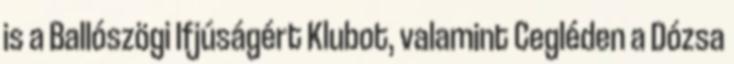
is a Ballószögi Ifjúságért Klubot, valamint Cegléden a Dózsa